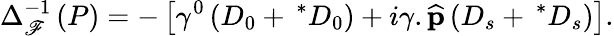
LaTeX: \Delta_{\mathscr{F}}^{-1}\left(P\right)=-\left[\gamma^{0}\left(D_{0}+\, ^{\ast}D_{0}\right)+i{\mathbf{\gamma}}.\widehat{{{\mathbf{p}}}}\left(D_{s}+\, ^{\ast}D_{s}\right)\right].